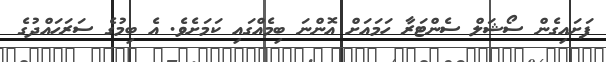
ފަށައިގެން ސޯޝަލް ސެންޓަރާ ހަމައަށް އޮންނަ ބިމެއްގައި ކަމަށެވެ. އެ ބިމުގެ ސަރަހައްދުގެ